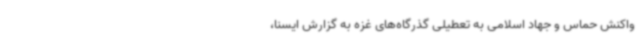
واکنش حماس و جهاد اسلامی به تعطیلی گذرگاه‌های غزه به گزارش ایسنا،